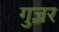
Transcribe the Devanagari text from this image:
गुज़्रर